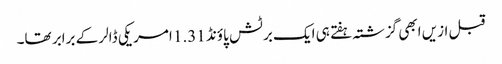
قبل ازیں ابھی گزشتہ ہفتے ہی ایک برٹش پاؤنڈ 1.31 امریکی ڈالر کے برابر تھا۔